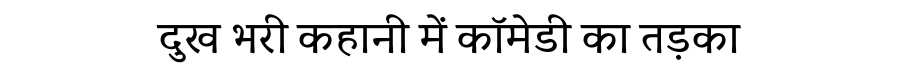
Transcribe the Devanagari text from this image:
दुख भरी कहानी में कॉमेडी का तड़का